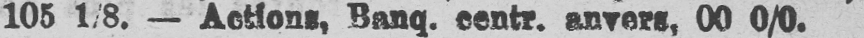
envers, 00 0/0.